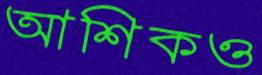
আশিকও